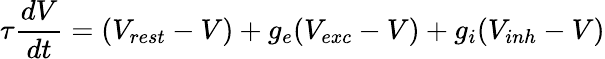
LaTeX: \tau\frac{dV}{dt}=(V_{rest}-V)+g_{e}(V_{exc}-V)+g_{i}(V_{inh}-V)